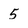
Character: 5